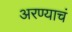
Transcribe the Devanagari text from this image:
अरण्याचं